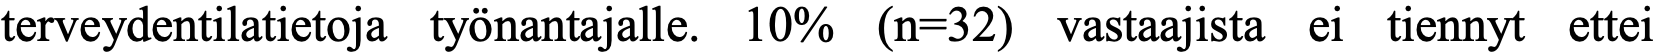
terveydentilatietoja työnantajalle. 10% (n=32) vastaajista ei tiennyt ettei